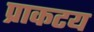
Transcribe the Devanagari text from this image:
प्राकटय